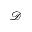
\mathcal D